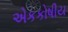
એકકોષીય